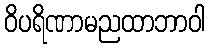
ဝိပရိဏာမညထာဘာဝါ